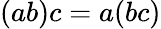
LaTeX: (ab)c=a(bc)